Annual report on the working of the mental hospitals in the Madras Presidency - 1912-1932
Year: 1912
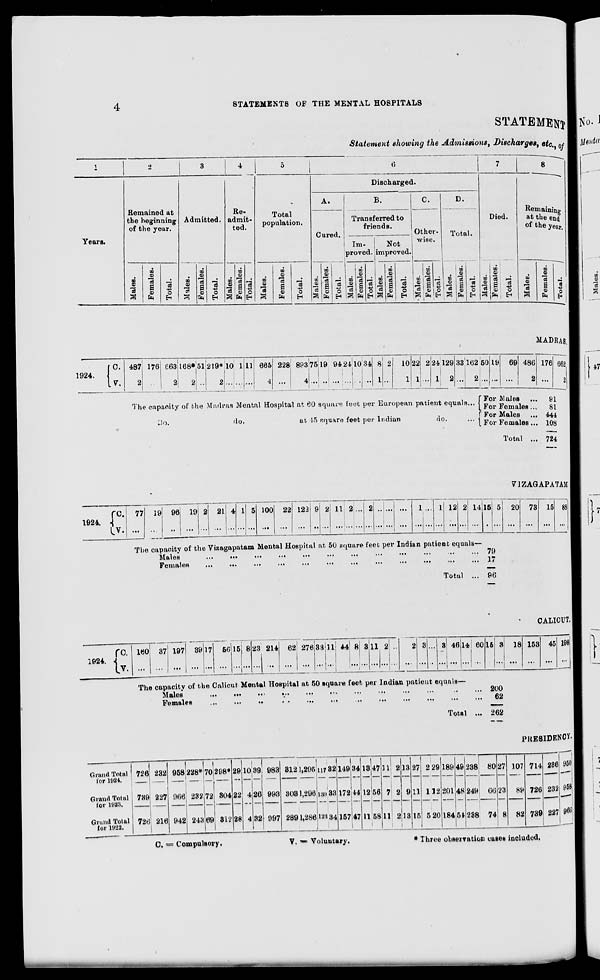
4
STATEMENTS OF THE MENTAL HOSPITALS
STATEMENT
Statement showing the Admissions , Discharges, etc., of
1
Years.
2
Remained at
the beginning
of the year.
Males.
Females.
Total.
3
Admitted.
Males.
Females.
Total.
4
Re-
admit-
ted.
Males.
Females.
Total.
5
Total
population.
Males.
Females.
Total.
6
Discharged.
A.
Cured.
Males.
Females.
Total.
B.
Transferred to
friends.
Im-
proved.
Males.
Females.
Total.
Not
improved.
Males.
Females.
Total.
C.
Other-
wise.
Males.
Females.
Total.
D.
Total.
Males.
Females.
Total.
7
Died.
Males.
Females.
Total.
8
Remaining
at the end
of the year.
Males.
Females.
Total.
MADRAS.
1924.
C.
V.
487
2
176
...
663
2
168*
2
51
...
219*
2
10
...
1
...
11
...
665
4
228
...
893
4
75
...
19
...
94
...
24
...
10
...
34
...
8
1
2
...
10
1
22
1
2
...
24
1
129
2
33
...
162
2
The capacity of the Madras Mental Hospital at 60 square feet per European patient equals...
Do.
do.
at 45 square feet per Indian
do.
...
50
...
19
...
69
...
486
2
For Males ...
For Females ...
For Males ...
For Females ...
Total ...
176
...
662
2
91
81
444
108
724
VIZAGAPATAM
1924.
C.
V.
77
...
19
...
96
...
19
...
2
...
21
...
4
...
1
...
5
...
100
...
22
...
122
...
9
...
2
...
11
...
2
...
...
...
2
...
...
...
...
...
...
...
1
...
...
...
1
...
12
...
2
...
14
...
15
...
5
...
20
...
73
...
15
...
88
...
The capacity of the Vizagapatam Mental Hospital at 50 square feet per Indian patient equals—
Males ... ... ... ...
...
...
...
...
...
...
...
...
Females
...
...
...
...
...
...
...
...
...
...
...
...
Total ...
79
17
96
CALICUT.
1924.
C.
V.
160
...
37
...
197
...
39
...
17
...
56
...
15
...
8
...
23
...
214
...
62
...
276
...
33
...
11
...
44
...
8
...
3
...
11
...
2
...
...
...
2
...
3
...
...
...
3
...
46
...
14
...
60
...
15
...
3
...
18
...
153
...
45
...
198
...
The capacity of the Calicut Mental Hospital at 50 square feet per Indian patient equals—
Males
...
...
...
...
...
...
...
...
...
...
...
...
Females ... ... ... ... ... ... ... ... ... ... ... ...
Total ...
200
62
262
PRESIDENCY.
Grand Total
for 1924.
Grand Total
for 1923.
Grand Total
for 1922.
726
739
726
232
227
216
958
966
942
228*
232
243
70
72
69
298*
304
312
29
22
28
10
4
4
39
26
32
983
993
997
312
303
289
1,295
1,296
1,286
117
139
123
82
33
34
149
172
157
34
44
47
18
12
11
47
56
58
11
7
11
2
2
2
13
9
13
27
11
15
229
112
520
189
201
184
49
48
54
238
249
238
80
66
74
27
23
8
107
89
82
714
726
739
236
232
227
950
958
966
C. = Compulsory.
V. = Voluntary.
*
Three observation cases included.